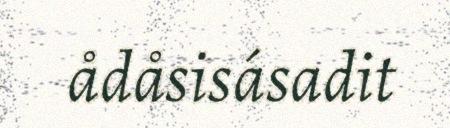
ådåsisásadit